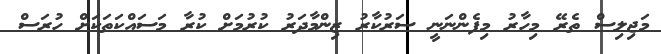
މަޖިލިސް ތެރޭ މިހާރު މިފެންނަނީ ސަރުކާރު ޒިންމާދަރު ކުރުމަށް ކުރާ މަސައްކަތަކަށް ހުރަސް